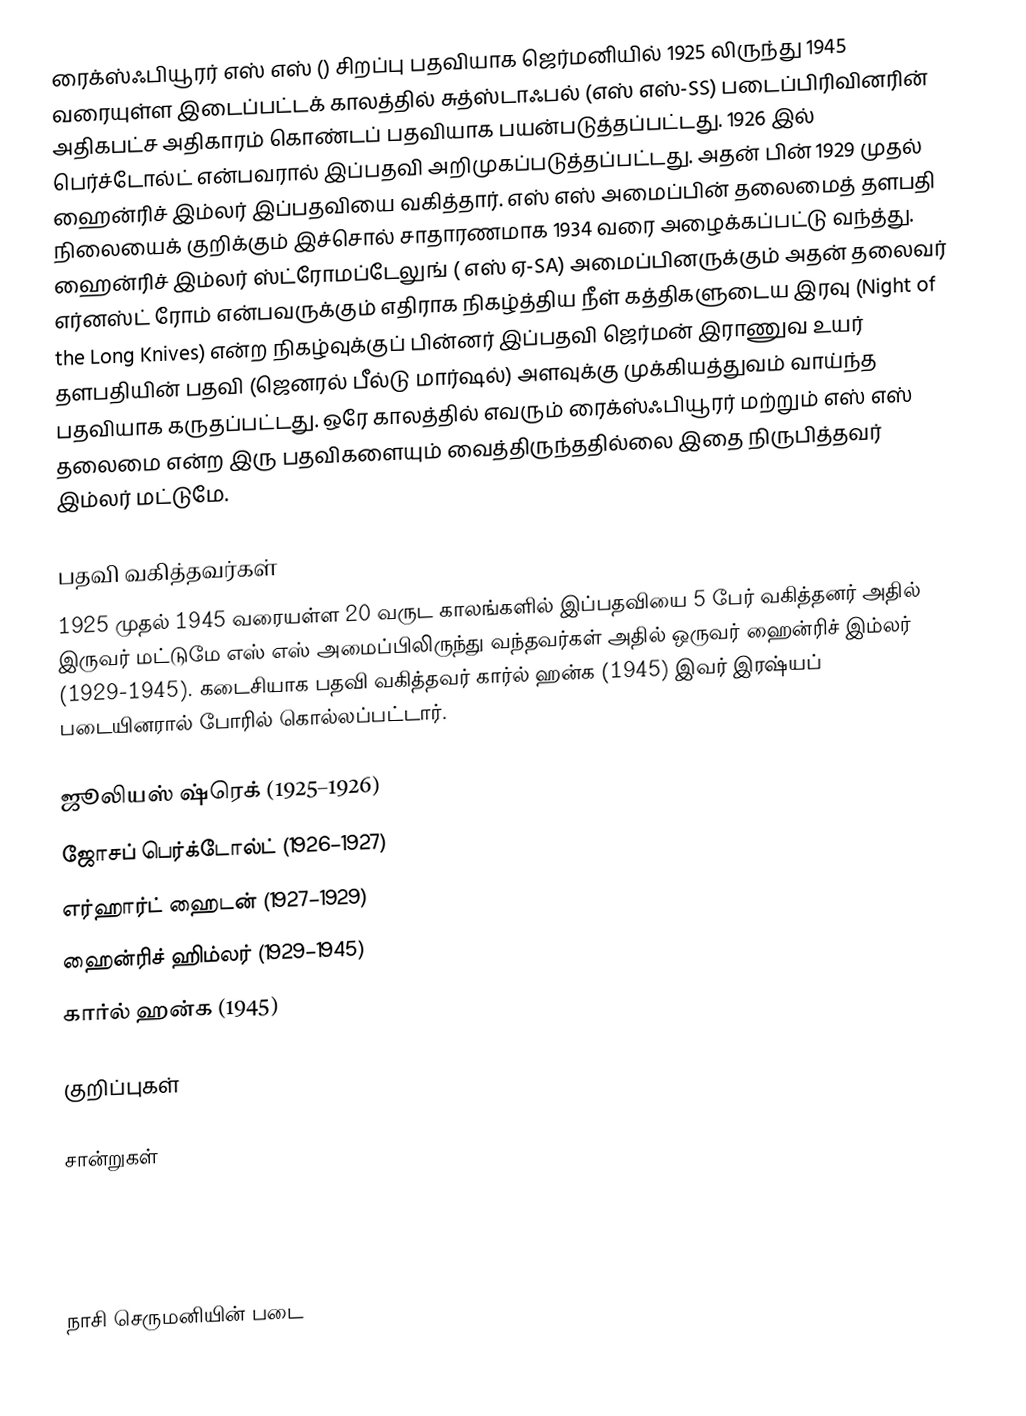
ரைக்ஸ்ஃபியூரர் எஸ் எஸ் () சிறப்பு பதவியாக ஜெர்மனியில் 1925 லிருந்து 1945 வரையுள்ள இடைப்பட்டக் காலத்தில் சுத்ஸ்டாஃபல் (எஸ் எஸ்-SS) படைப்பிரிவினரின் அதிகபட்ச அதிகாரம் கொண்டப் பதவியாக பயன்படுத்தப்பட்டது. 1926 இல் பெர்ச்டோல்ட் என்பவரால் இப்பதவி அறிமுகப்படுத்தப்பட்டது. அதன் பின் 1929 முதல் ஹைன்ரிச் இம்லர் இப்பதவியை வகித்தார். எஸ் எஸ் அமைப்பின் தலைமைத் தளபதி நிலையைக் குறிக்கும் இச்சொல் சாதாரணமாக 1934 வரை அழைக்கப்பட்டு வந்த்து. ஹைன்ரிச் இம்லர் ஸ்ட்ரோமப்டேலுங் ( எஸ் ஏ-SA) அமைப்பினருக்கும் அதன் தலைவர் எர்னஸ்ட் ரோம் என்பவருக்கும் எதிராக நிகழ்த்திய நீள் கத்திகளுடைய இரவு (Night of the Long Knives) என்ற நிகழ்வுக்குப் பின்னர் இப்பதவி ஜெர்மன் இராணுவ உயர் தளபதியின் பதவி (ஜெனரல் பீல்டு மார்ஷல்) அளவுக்கு முக்கியத்துவம் வாய்ந்த பதவியாக கருதப்பட்டது. ஒரே காலத்தில் எவரும் ரைக்ஸ்ஃபியூரர் மற்றும் எஸ் எஸ் தலைமை என்ற இரு பதவிகளையும் வைத்திருந்ததில்லை இதை நிருபித்தவர் இம்லர் மட்டுமே.

பதவி வகித்தவர்கள்
1925 முதல் 1945 வரையள்ள 20 வருட காலங்களில் இப்பதவியை 5 பேர் வகித்தனர் அதில் இருவர் மட்டுமே எஸ் எஸ் அமைப்பிலிருந்து வந்தவர்கள் அதில் ஒருவர் ஹைன்ரிச் இம்லர் (1929-1945). கடைசியாக பதவி வகித்தவர் கார்ல் ஹன்க (1945) இவர் இரஷ்யப் படையினரால் போரில் கொல்லப்பட்டார்.

 ஜூலியஸ் ஷ்ரெக் (1925–1926)
 ஜோசப் பெர்க்டோல்ட் (1926–1927)
 எர்ஹார்ட் ஹைடன் (1927–1929)
 ஹைன்ரிச் ஹிம்லர் (1929–1945)
 கார்ல் ஹன்க (1945)

குறிப்புகள்

சான்றுகள்

 Windrow, Martin (1982). The Waffen-SS, Osprey Publishing Ltd.,

நாசி செருமனியின் படை